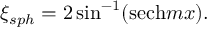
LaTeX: \xi _ { s p h } = 2 \sin ^ { - 1 } ( \mathrm { s e c h } m x ) .